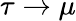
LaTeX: \tau\rightarrow\mu